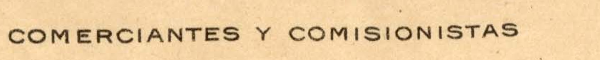
COMERCIANTES Y COMISIONISTAS